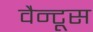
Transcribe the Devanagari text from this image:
वैन्टूस